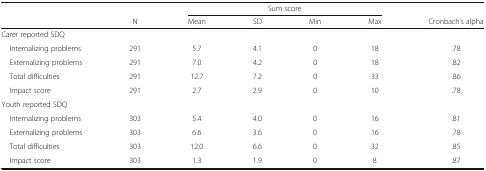
| <ROWSPAN=2>  |  | <COLSPAN=4> Sum score |  |
 | N | Mean | SD | Min | Max | Cronbach’s alpha |
 | --- | --- | --- | --- | --- | --- | --- |
 | <COLSPAN=7> Carer reported SDQ |
 | Internalizing problems | 291 | 5.7 | 4.1 | 0 | 18 | .78 |
 | Externalizing problems | 291 | 7.0 | 4.2 | 0 | 18 | .82 |
 | Total difficulties | 291 | 12.7 | 7.2 | 0 | 33 | .86 |
 | Impact score | 291 | 2.7 | 2.9 | 0 | 10 | .78 |
 | <COLSPAN=7> Youth reported SDQ |
 | Internalizing problems | 303 | 5.4 | 4.0 | 0 | 16 | .81 |
 | Externalizing problems | 303 | 6.6 | 3.6 | 0 | 16 | .78 |
 | Total difficulties | 303 | 12.0 | 6.6 | 0 | 32 | .85 |
 | Impact score | 303 | 1.3 | 1.9 | 0 | 8 | .87 |